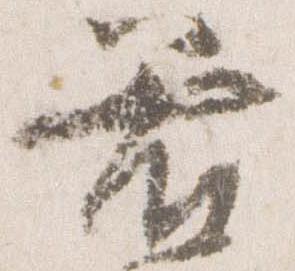
着